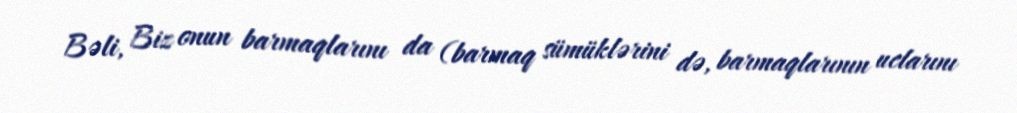
Bəli, Biz onun barmaqlarını da (barmaq sümüklərini də, barmaqlarının uclarını